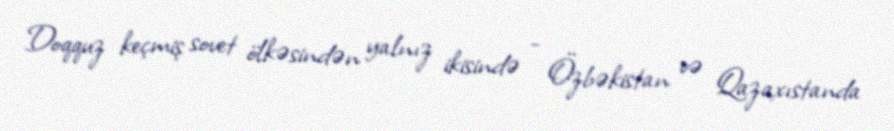
Doqquz keçmiş sovet ölkəsindən yalnız ikisində - Özbəkistan və Qazaxıstanda